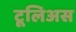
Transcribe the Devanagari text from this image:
टूलिअस